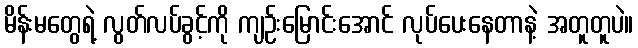
မိန်းမတွေရဲ့ လွတ်လပ်ခွင့်ကို ကျဉ်းမြောင်းအောင် လုပ်ပေးနေတာနဲ့ အတူတူပဲ။